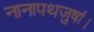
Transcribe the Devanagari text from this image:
नानापथजुषां।